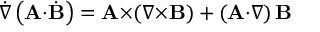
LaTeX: { \dot { \nabla } } \left( \mathbf { A } { \cdot } { \dot { \mathbf { B } } } \right) = \mathbf { A } { \times } \! \left( \nabla { \times } \mathbf { B } \right) + \left( \mathbf { A } { \cdot } \nabla \right) \mathbf { B }